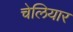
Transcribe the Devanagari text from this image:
चेलियार